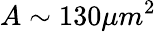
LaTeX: A\sim 130\mu m^{2}